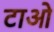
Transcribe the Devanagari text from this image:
टाओ